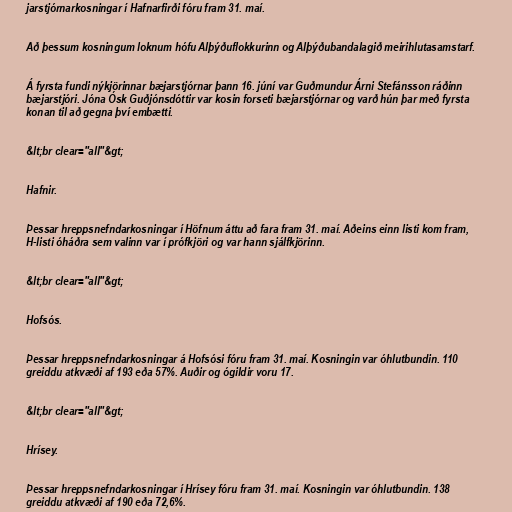
jarstjórnarkosningar í Hafnarfirði fóru fram 31. maí.

Að þessum kosningum loknum hófu Alþýðuflokkurinn og Alþýðubandalagið meirihlutasamstarf.

Á fyrsta fundi nýkjörinnar bæjarstjórnar þann 16. júní var Guðmundur Árni Stefánsson ráðinn
bæjarstjóri. Jóna Ósk Guðjónsdóttir var kosin forseti bæjarstjórnar og varð hún þar með fyrsta
konan til að gegna því embætti.

&lt;br clear="all"&gt;

Hafnir.

Þessar hreppsnefndarkosningar í Höfnum áttu að fara fram 31. maí. Aðeins einn listi kom fram,
H-listi óháðra sem valinn var í prófkjöri og var hann sjálfkjörinn.

&lt;br clear="all"&gt;

Hofsós.

Þessar hreppsnefndarkosningar á Hofsósi fóru fram 31. maí. Kosningin var óhlutbundin. 110
greiddu atkvæði af 193 eða 57%. Auðir og ógildir voru 17.

&lt;br clear="all"&gt;

Hrísey.

Þessar hreppsnefndarkosningar í Hrísey fóru fram 31. maí. Kosningin var óhlutbundin. 138
greiddu atkvæði af 190 eða 72,6%.